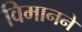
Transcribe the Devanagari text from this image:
विमानने